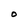
Character: O